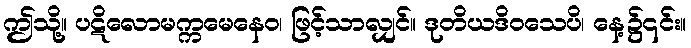
ဤသို့။ ပဋိလောမက္ကမေနေဝ၊ ဖြင့်သာလျှင်။ ဒုတိယဒိဝသေပိ၊ နေ့၌၎င်း။